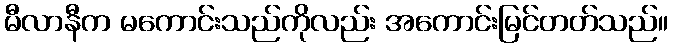
မီလာနီက မကောင်းသည်ကိုလည်း အကောင်းမြင်တတ်သည်။